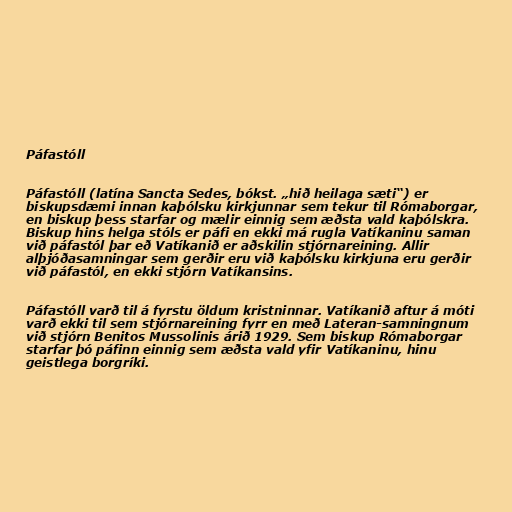
Páfastóll

Páfastóll (latína Sancta Sedes, bókst. „hið heilaga sæti“) er
biskupsdæmi innan kaþólsku kirkjunnar sem tekur til Rómaborgar,
en biskup þess starfar og mælir einnig sem æðsta vald kaþólskra.
Biskup hins helga stóls er páfi en ekki má rugla Vatíkaninu saman
við páfastól þar eð Vatíkanið er aðskilin stjórnareining. Allir
alþjóðasamningar sem gerðir eru við kaþólsku kirkjuna eru gerðir
við páfastól, en ekki stjórn Vatíkansins.

Páfastóll varð til á fyrstu öldum kristninnar. Vatíkanið aftur á móti
varð ekki til sem stjórnareining fyrr en með Lateran-samningnum
við stjórn Benitos Mussolinis árið 1929. Sem biskup Rómaborgar
starfar þó páfinn einnig sem æðsta vald yfir Vatíkaninu, hinu
geistlega borgríki.